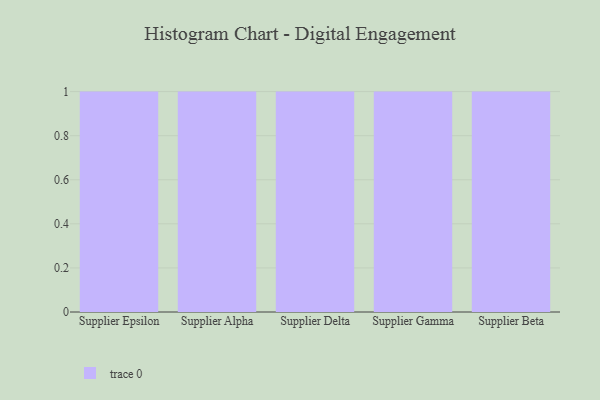
{"axis": {"x": "Supplier", "y": "Gross Profit (USD K)"}, "legend": [""], "data": [{"x": "Supplier Epsilon", "y": 24, "type": ""}, {"x": "Supplier Alpha", "y": 38, "type": ""}, {"x": "Supplier Delta", "y": 87, "type": ""}, {"x": "Supplier Gamma", "y": 44, "type": ""}, {"x": "Supplier Beta", "y": 71, "type": ""}]}